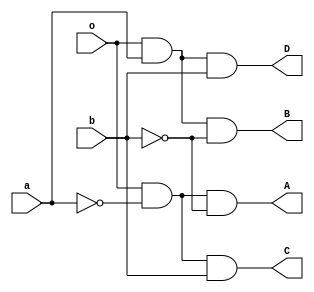
`timescale 1ns / 1ps
//////////////////////////////////////////////////////////////////////////////////
// Company: 
// Engineer: 
// 
// Design Name: 
// Module Name: demux
// Project Name: 
// Target Devices: 
// Tool Versions: 
// Description: 
// 
// Dependencies: 
// 
// Revision:
// Revision 0.01 - File Created
// Additional Comments:
// 
//////////////////////////////////////////////////////////////////////////////////


module demux(
    input a,b,o,
    output A,B,C,D
    );
assign A= o&~a&~b;
assign B= o&a&~b;
assign C=o&~a&b;
assign D=o&a&b;
endmodule